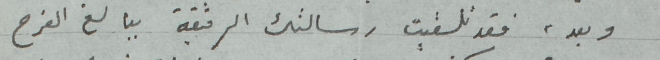
وبعد، فقد تلقيت رسالتك الرقيقة ببالغ الفرح